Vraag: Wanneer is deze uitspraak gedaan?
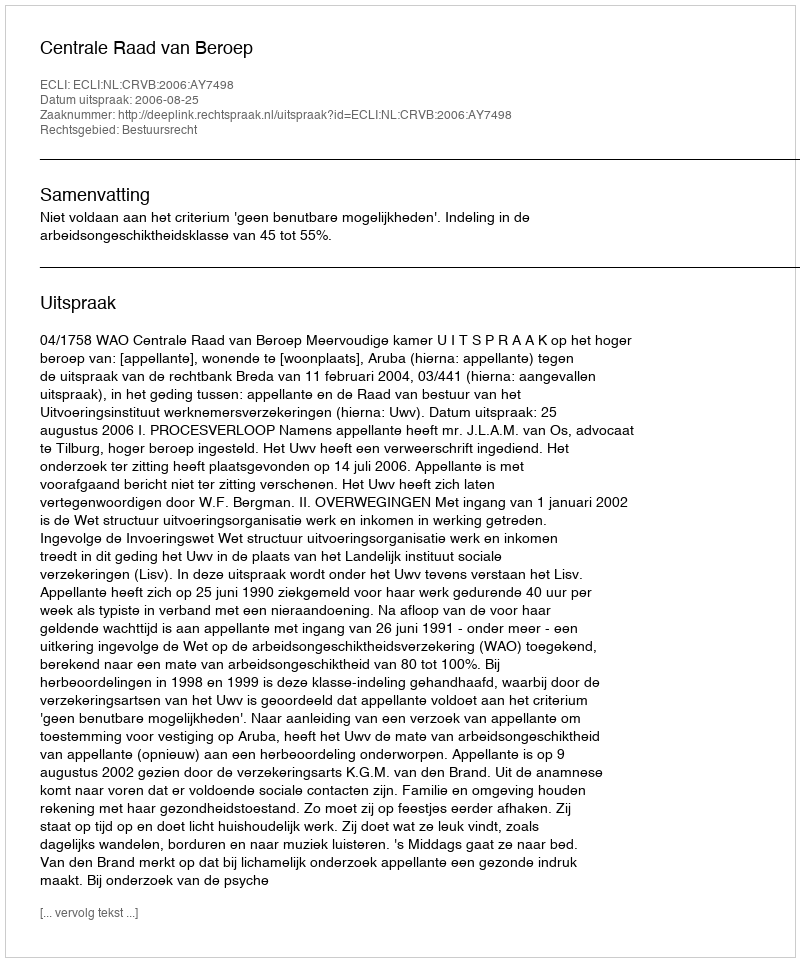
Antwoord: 2006-08-25